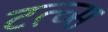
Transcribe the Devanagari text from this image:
टत्च्स